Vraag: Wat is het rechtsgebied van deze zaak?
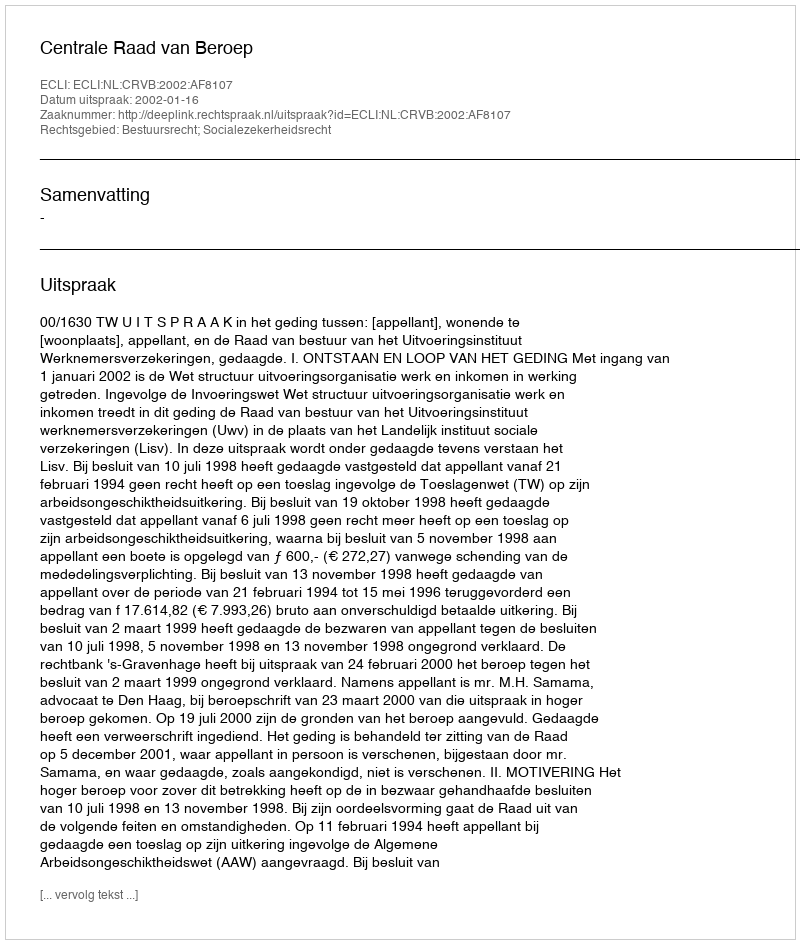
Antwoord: Bestuursrecht; Socialezekerheidsrecht